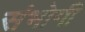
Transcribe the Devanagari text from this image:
संभोगी